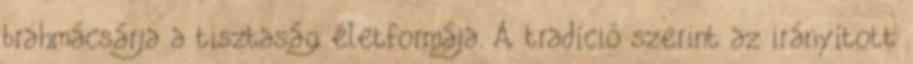
brahmácsárja a tisztaság életformája. A tradíció szerint az irányított